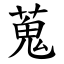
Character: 蒐